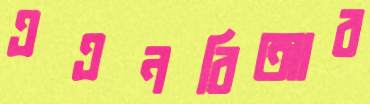
এএনবিআর